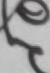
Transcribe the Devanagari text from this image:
त्र